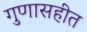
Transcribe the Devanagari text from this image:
गुणासहीत